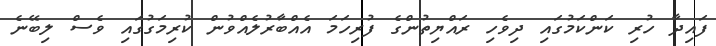
ފައިދާ ހުރި ކަންކަމުގައި ދިވެހި ރައްޔިތުންގެ ފުރިހަމަ އެއްބާރުލެއްވުން ކުރިމަގުގައި ވެސް ލިބޭނެ